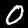
Label: 0